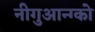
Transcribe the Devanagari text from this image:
नीगुआन्ग्को